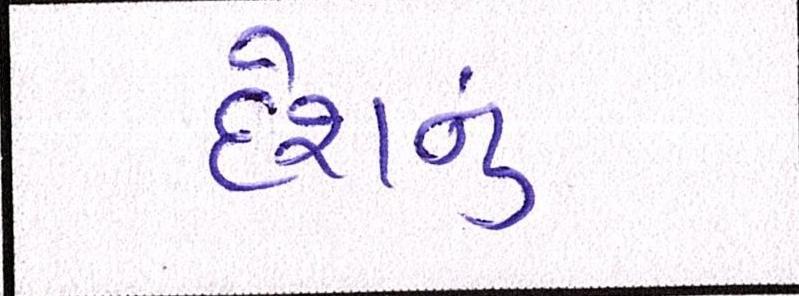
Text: દેશનું